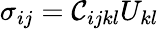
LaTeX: \sigma_{ij}=\mathcal{C}_{ijkl}U_{kl}